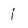
Character: j